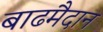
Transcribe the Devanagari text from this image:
बाढमैदान